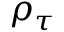
\rho _ { \tau }